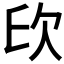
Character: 𣢔